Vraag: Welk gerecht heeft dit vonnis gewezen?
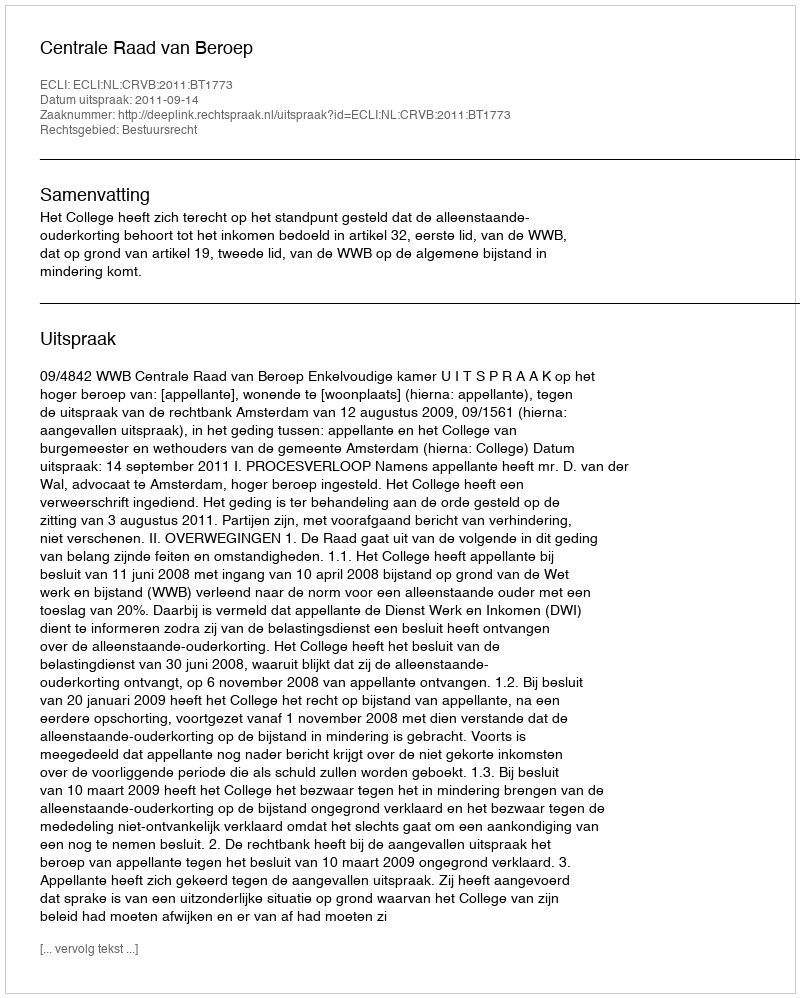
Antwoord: Centrale Raad van Beroep